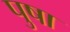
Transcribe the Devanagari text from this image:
पुषा